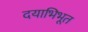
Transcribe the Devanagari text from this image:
दयाभिभूत